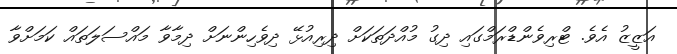
އަޒީޒު އެވެ. ޓްރިވެންޑްރަމްގައި ދިގު މުއްދަތަކަށް ދިރިއުޅޭ ދިވެހިންނަށް ދިމާވާ މައްސަލަތައް ކަމަށްވާ